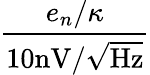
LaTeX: \frac{e_{n}/\kappa}{10\textrm{nV}/\sqrt{\textrm{Hz}}}